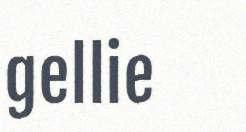
gellie